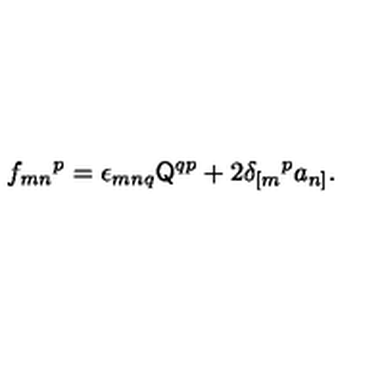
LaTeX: f _ { m n } { } ^ { p } = \epsilon _ { m n q } \mathsf { Q } ^ { q p } + 2 \delta _ { [ m } { } ^ { p } a _ { n ] } .